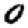
Digit: 0